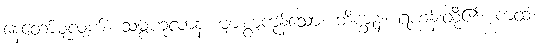
နေတော်မူလျက်။ သမ္ဗဟုလာနံ၊ များစွာကုန်သော။ ဘိက္ခူနံ၊ ရဟန်းတို့၏။ ကထံ၊